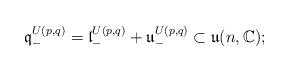
LaTeX: \begin{align*} {\mathfrak q}^{U(p,q)}_- = {\mathfrak l}^{U(p,q)}_- + {\mathfrak u}^{U(p,q)}_- \subset {\mathfrak u}(n,{\mathbb C});\end{align*}